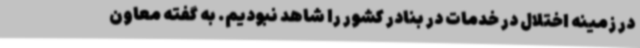
در زمینه اختلال در خدمات در بنادر کشور را شاهد نبودیم. به گفته معاون